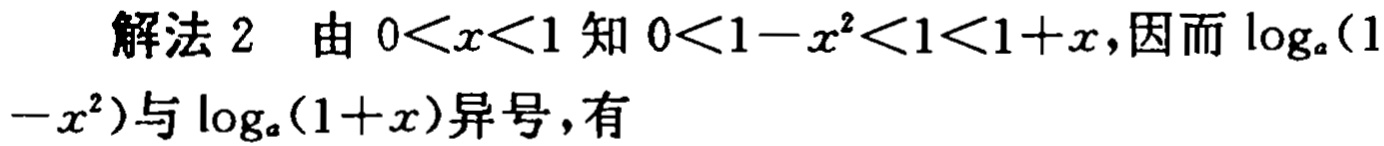
解法 2 由 \(0<x<1\) 知 \(0<1 - x^{2}<1<1 + x\),因而 \(\log_{a}(1 - x^{2})\)与 \(\log_{a}(1 + x)\)异号，有